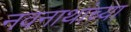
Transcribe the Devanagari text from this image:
नवनाथांच्या